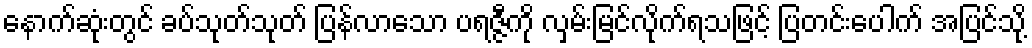
နောက်ဆုံးတွင် ခပ်သုတ်သုတ် ပြန်လာသော ပရဇ္ဇီကို လှမ်းမြင်လိုက်ရသဖြင့် ပြတင်းပေါက် အပြင်သို့